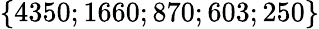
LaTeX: \{ 4350;1660;870;603;250\}